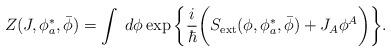
LaTeX: \begin{align*}Z(J,\phi^*_{a},\bar{\phi})=\int\;d\phi\exp\bigg\{\frac{i}{\hbar}\bigg( S_{\rm ext}(\phi,\phi^*_{a},\bar{\phi})+J_A\phi^A\bigg)\bigg\}.\end{align*}